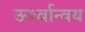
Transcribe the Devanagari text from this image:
ऊर्ध्वान्वय